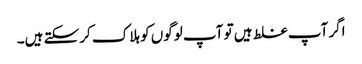
اگر آپ غلط ہیں تو آپ لوگوں کو ہلاک کرسکتے ہیں۔